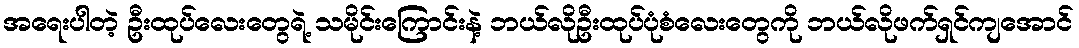
အရေးပါတဲ့ ဦးထုပ်လေးတွေရဲ့ သမိုင်းကြောင်းနဲ့ ဘယ်လိုဦးထုပ်ပုံစံလေးတွေကို ဘယ်လိုဖက်ရှင်ကျအောင်